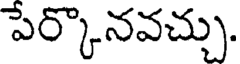
పేర్కొనవచ్చు.